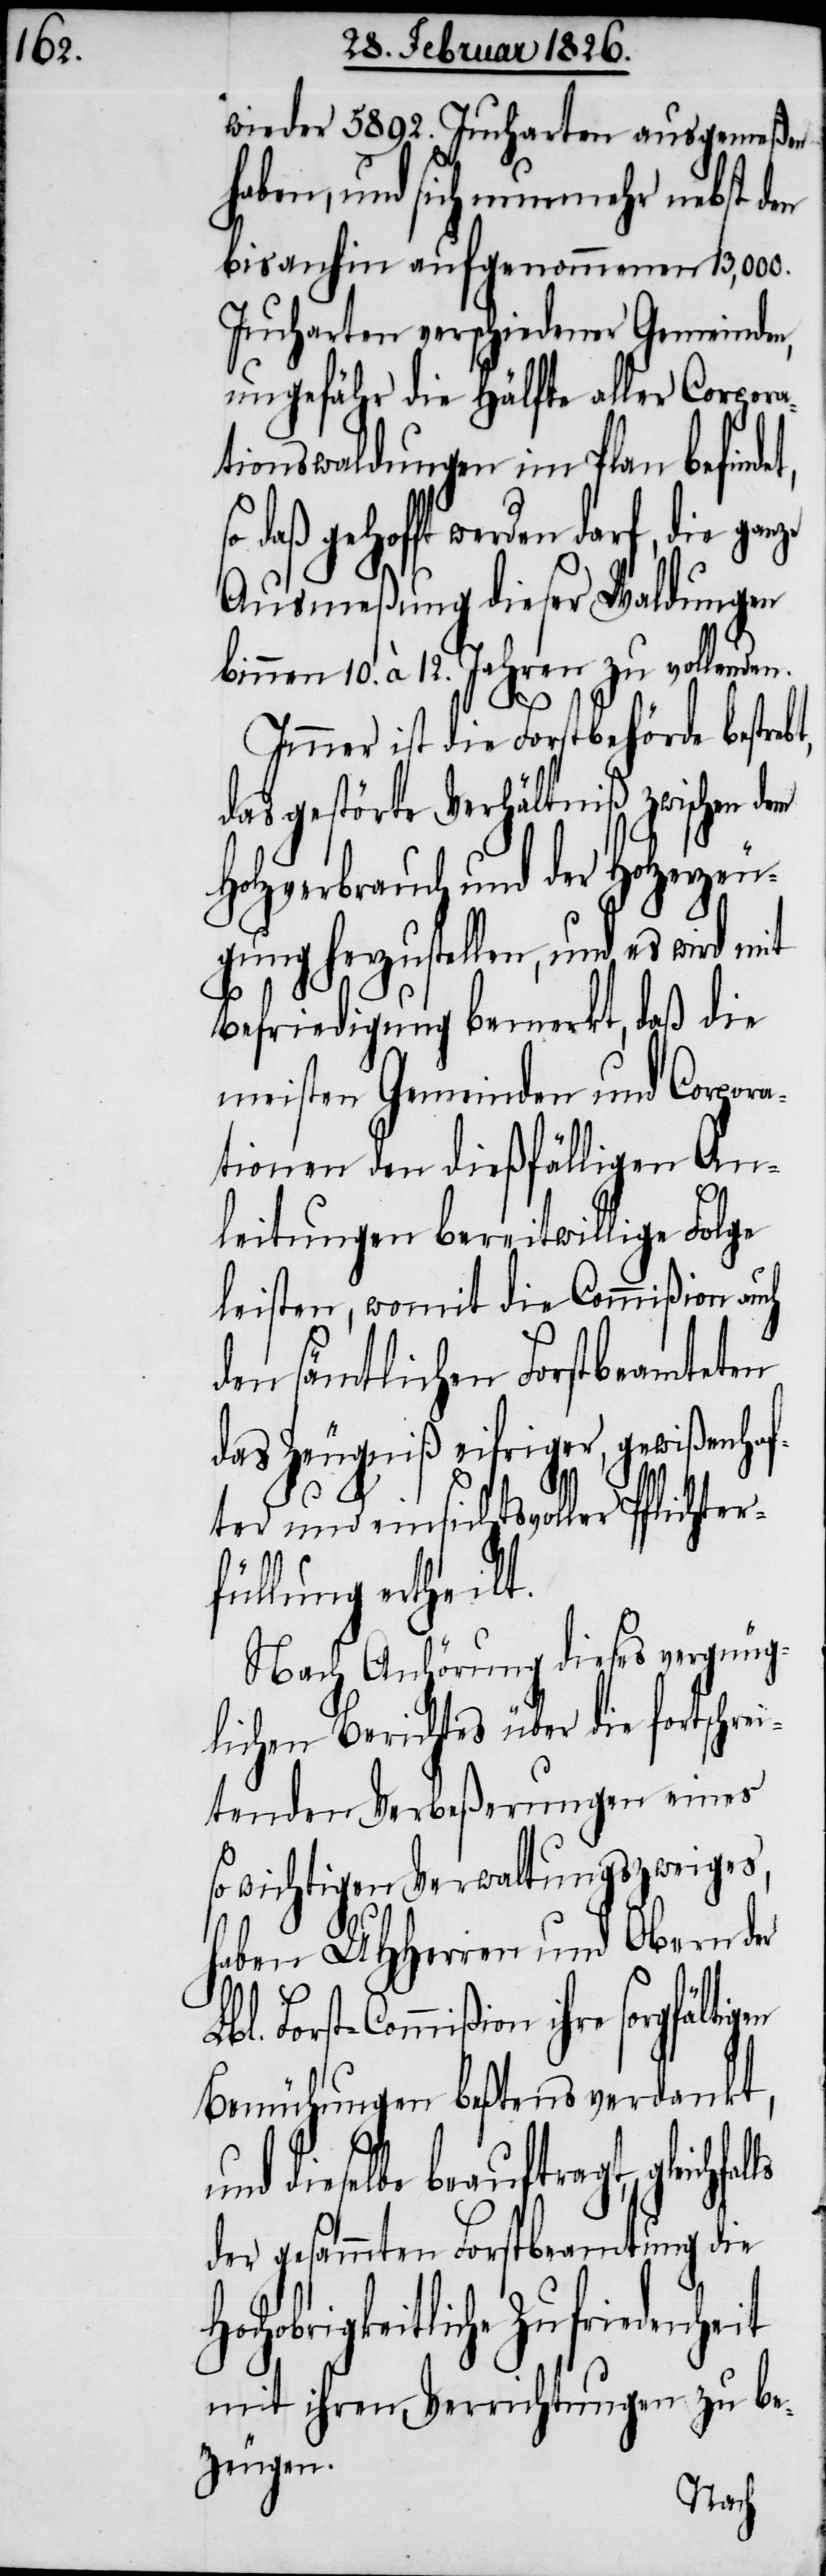
wieder 5892. Jucharten ausgemeßen
haben, und sich nunmehr nebst den
bisanhin aufgenommenen 13 000.
Jucharten verschiedener Gemeinden,
ungefähr die Hälfte aller Corpora¬
tionswaldungen im Plan befin¬
Ausmeßung dieser Waldungen
binnen 10. à 12. Jahren zu vollenden.
mißion
Immer ist die Forstbehörde bestre¬
das gestörte Verhältniß zwischen dem
Holzverbrauch und der Holzerzeu¬
gung herzustellen, und es wird mit
Befriedigung bemerkt, daß die
meisten Gemeinden und Corpor¬
ationen den dießfälligen An¬
gen
leitungen bereitwillige
falls
leisten, womit die Com¬
den sämtlichen Forstbe¬
das Zeugniß eifriger,
ter und einsichtsvoller
füllung ertheilt.
Nach Anhörung dieses vergnüg¬
lichen Berichtes über
tenden Verbeßerungen
so wichtigen Verwaltungs¬
Lbl.
ern der
haben UHHerren und
Forst-Commißion ihre sorgfälti¬
Bemühungen beßtens verdankt,
dieselbe beauftragt, gleich¬
der gesammten Forstbeamtung die
Hochobrigkeitliche Zufriedenheit
mit ihren Verrichtungen zu be¬
zeugen.